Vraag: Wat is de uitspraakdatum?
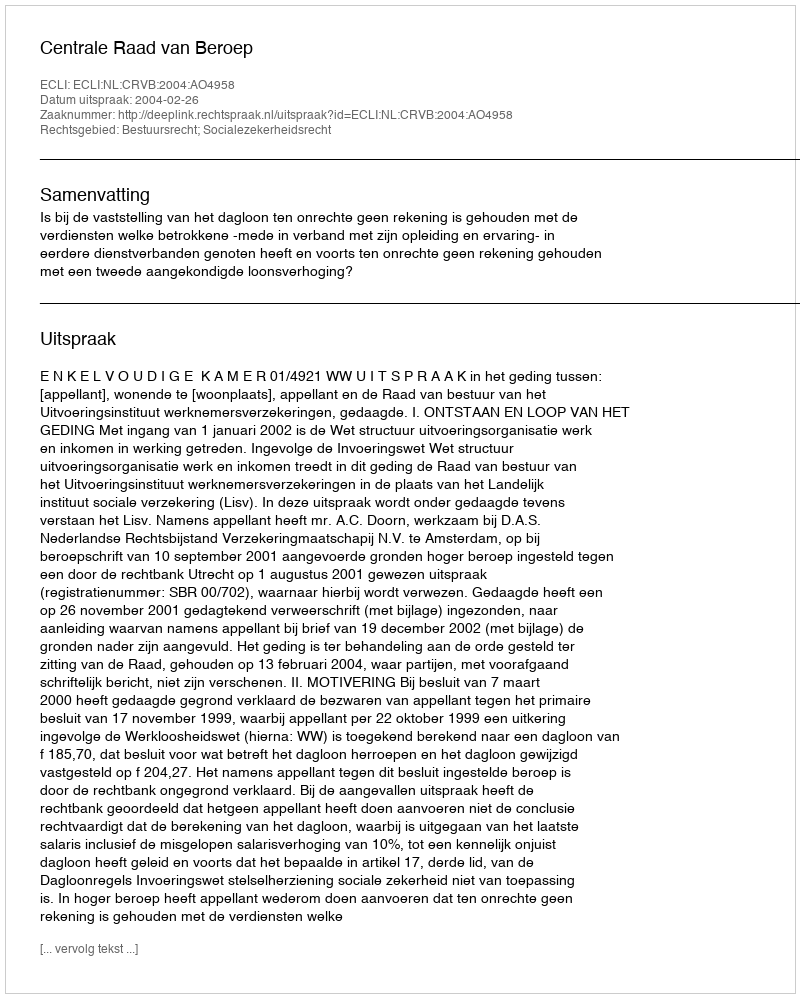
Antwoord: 2004-02-26